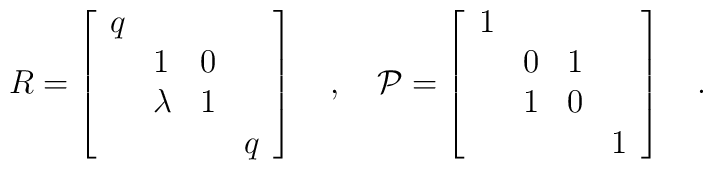
R=\left[\begin{array}{llll}q & \, & \, & \, \\\, & 1 & 0 & \, \\\, & \lambda & 1 & \, \\\, & \, & \, & q\end{array}\right]\quad , \quad{\cal P}=\left[\begin{array}{llll}1 & \, & \, & \, \\\, & 0 & 1 & \, \\\, & 1 & 0 & \, \\\, & \, & \, & 1\end{array}\right]\quad .